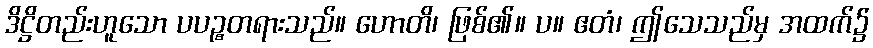
ဒိဋ္ဌိတည်းဟူသော ပပဉ္စတရားသည်။ ဟောတိ၊ ဖြစ်၏။ ပ။ ဧတံ၊ ဤသေသည်မှ အထက်၌